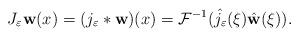
LaTeX: \begin{align*}J_{\varepsilon}\textbf{w}(x)=(j_{\varepsilon}*\textbf{w})(x)=\mathcal{F}^{-1}(\hat{{j}_{\varepsilon}}(\xi) \hat{\textbf{w}}(\xi)).\end{align*}